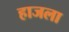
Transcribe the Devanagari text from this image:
हाजला